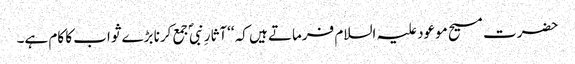
حضرت مسیح موعود علیہ السلام فرماتے ہیں کہ ‘‘آثارِ نبیؐ جمع کرنا بڑے ثواب کا کام ہے۔